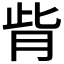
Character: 𦙼